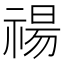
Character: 禓